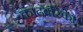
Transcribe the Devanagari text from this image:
कादंबरिका